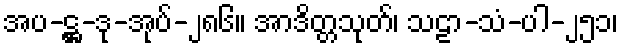
အပ-ဋ္ဌ-ဒု-အုပ်-၂၈၆။ အာဒိတ္တသုတ်၊ သဠာ-သံ-ပါ-၂၅၁၊